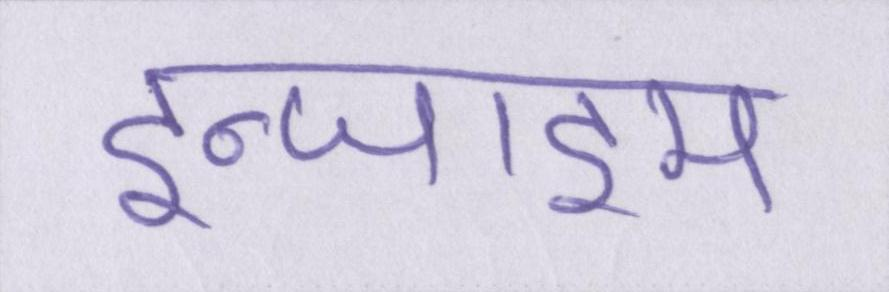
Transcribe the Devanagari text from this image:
इन्जाइम